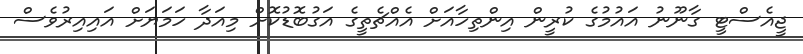
ޖީއެސްޓީ ގާނޫނު އައުމުގެ ކުރީން އިންތިހާއަށް އެއްޗެތީގެ އަގުބޮޑުކޮށް މިއަދާ ހަމަޔަށް އައިއިރުވެސް